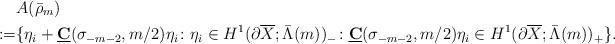
LaTeX: \begin{align*}&A(\bar{\rho}_m)\\:=&\{\eta_i+\underline{\mathbf{C}}(\sigma_{-m-2},m/2)\eta_i\colon \eta_i \in H^1(\partial\overline{X};\bar{\Lambda}(m))_-\colon \underline{\mathbf{C}}(\sigma_{-m-2},m/2)\eta_i\in H^1(\partial\overline{X};\bar{\Lambda}(m))_+ \}.\end{align*}